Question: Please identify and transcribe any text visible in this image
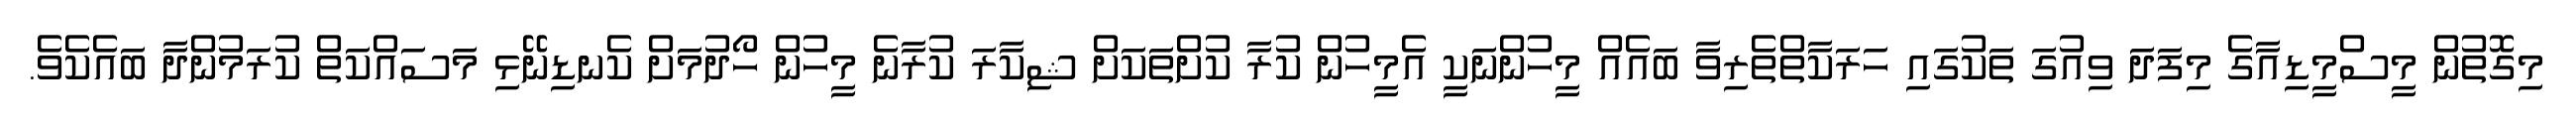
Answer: މިގޮތުން މީސްމީޑިއާގެ މިފަދަ ވިއުގަ ތަކުގައި ހަރަކާތްތެރިވާ ބައެއް މީހުންނަކީ އެމީހުން ކުރާ ކުށްތަކަށް ޝިކާރަ ކުރާނެ މީހުން ހޯދުމަށް ކެނޑިނޭޅި މަސައްކަތް ކުރަމުންދާ ބައެކެވެ.